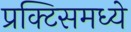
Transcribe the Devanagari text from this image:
प्रक्टिसमध्ये